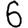
Digit: 6